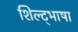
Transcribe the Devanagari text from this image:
शिल्ट्भाषा